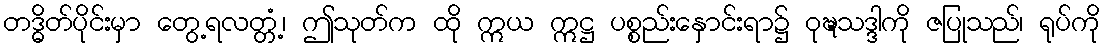
တဒ္ဓိတ်ပိုင်းမှာ တွေ့ရလတ္တံ့၊ ဤသုတ်က ထို ဣယ ဣဋ္ဌ ပစ္စည်းနှောင်းရာ၌ ဝုဍ္ဎသဒ္ဒါကို ဇပြုသည်၊ ရုပ်ကို